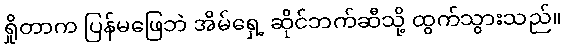
ရှိုတာက ပြန်မဖြေဘဲ အိမ်ရှေ့ ဆိုင်ဘက်ဆီသို့ ထွက်သွားသည်။